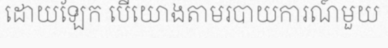
ដោយឡែក បើយោងតាមរបាយការណ៍មួយ